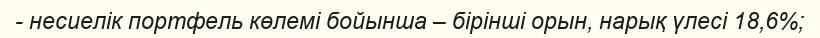
- несиелік портфель көлемі бойынша – бірінші орын, нарық үлесі 18,6%;